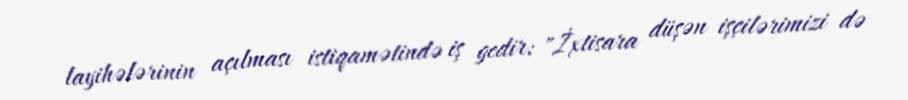
layihələrinin açılması istiqamətində iş gedir: "İxtisara düşən işçilərimizi də